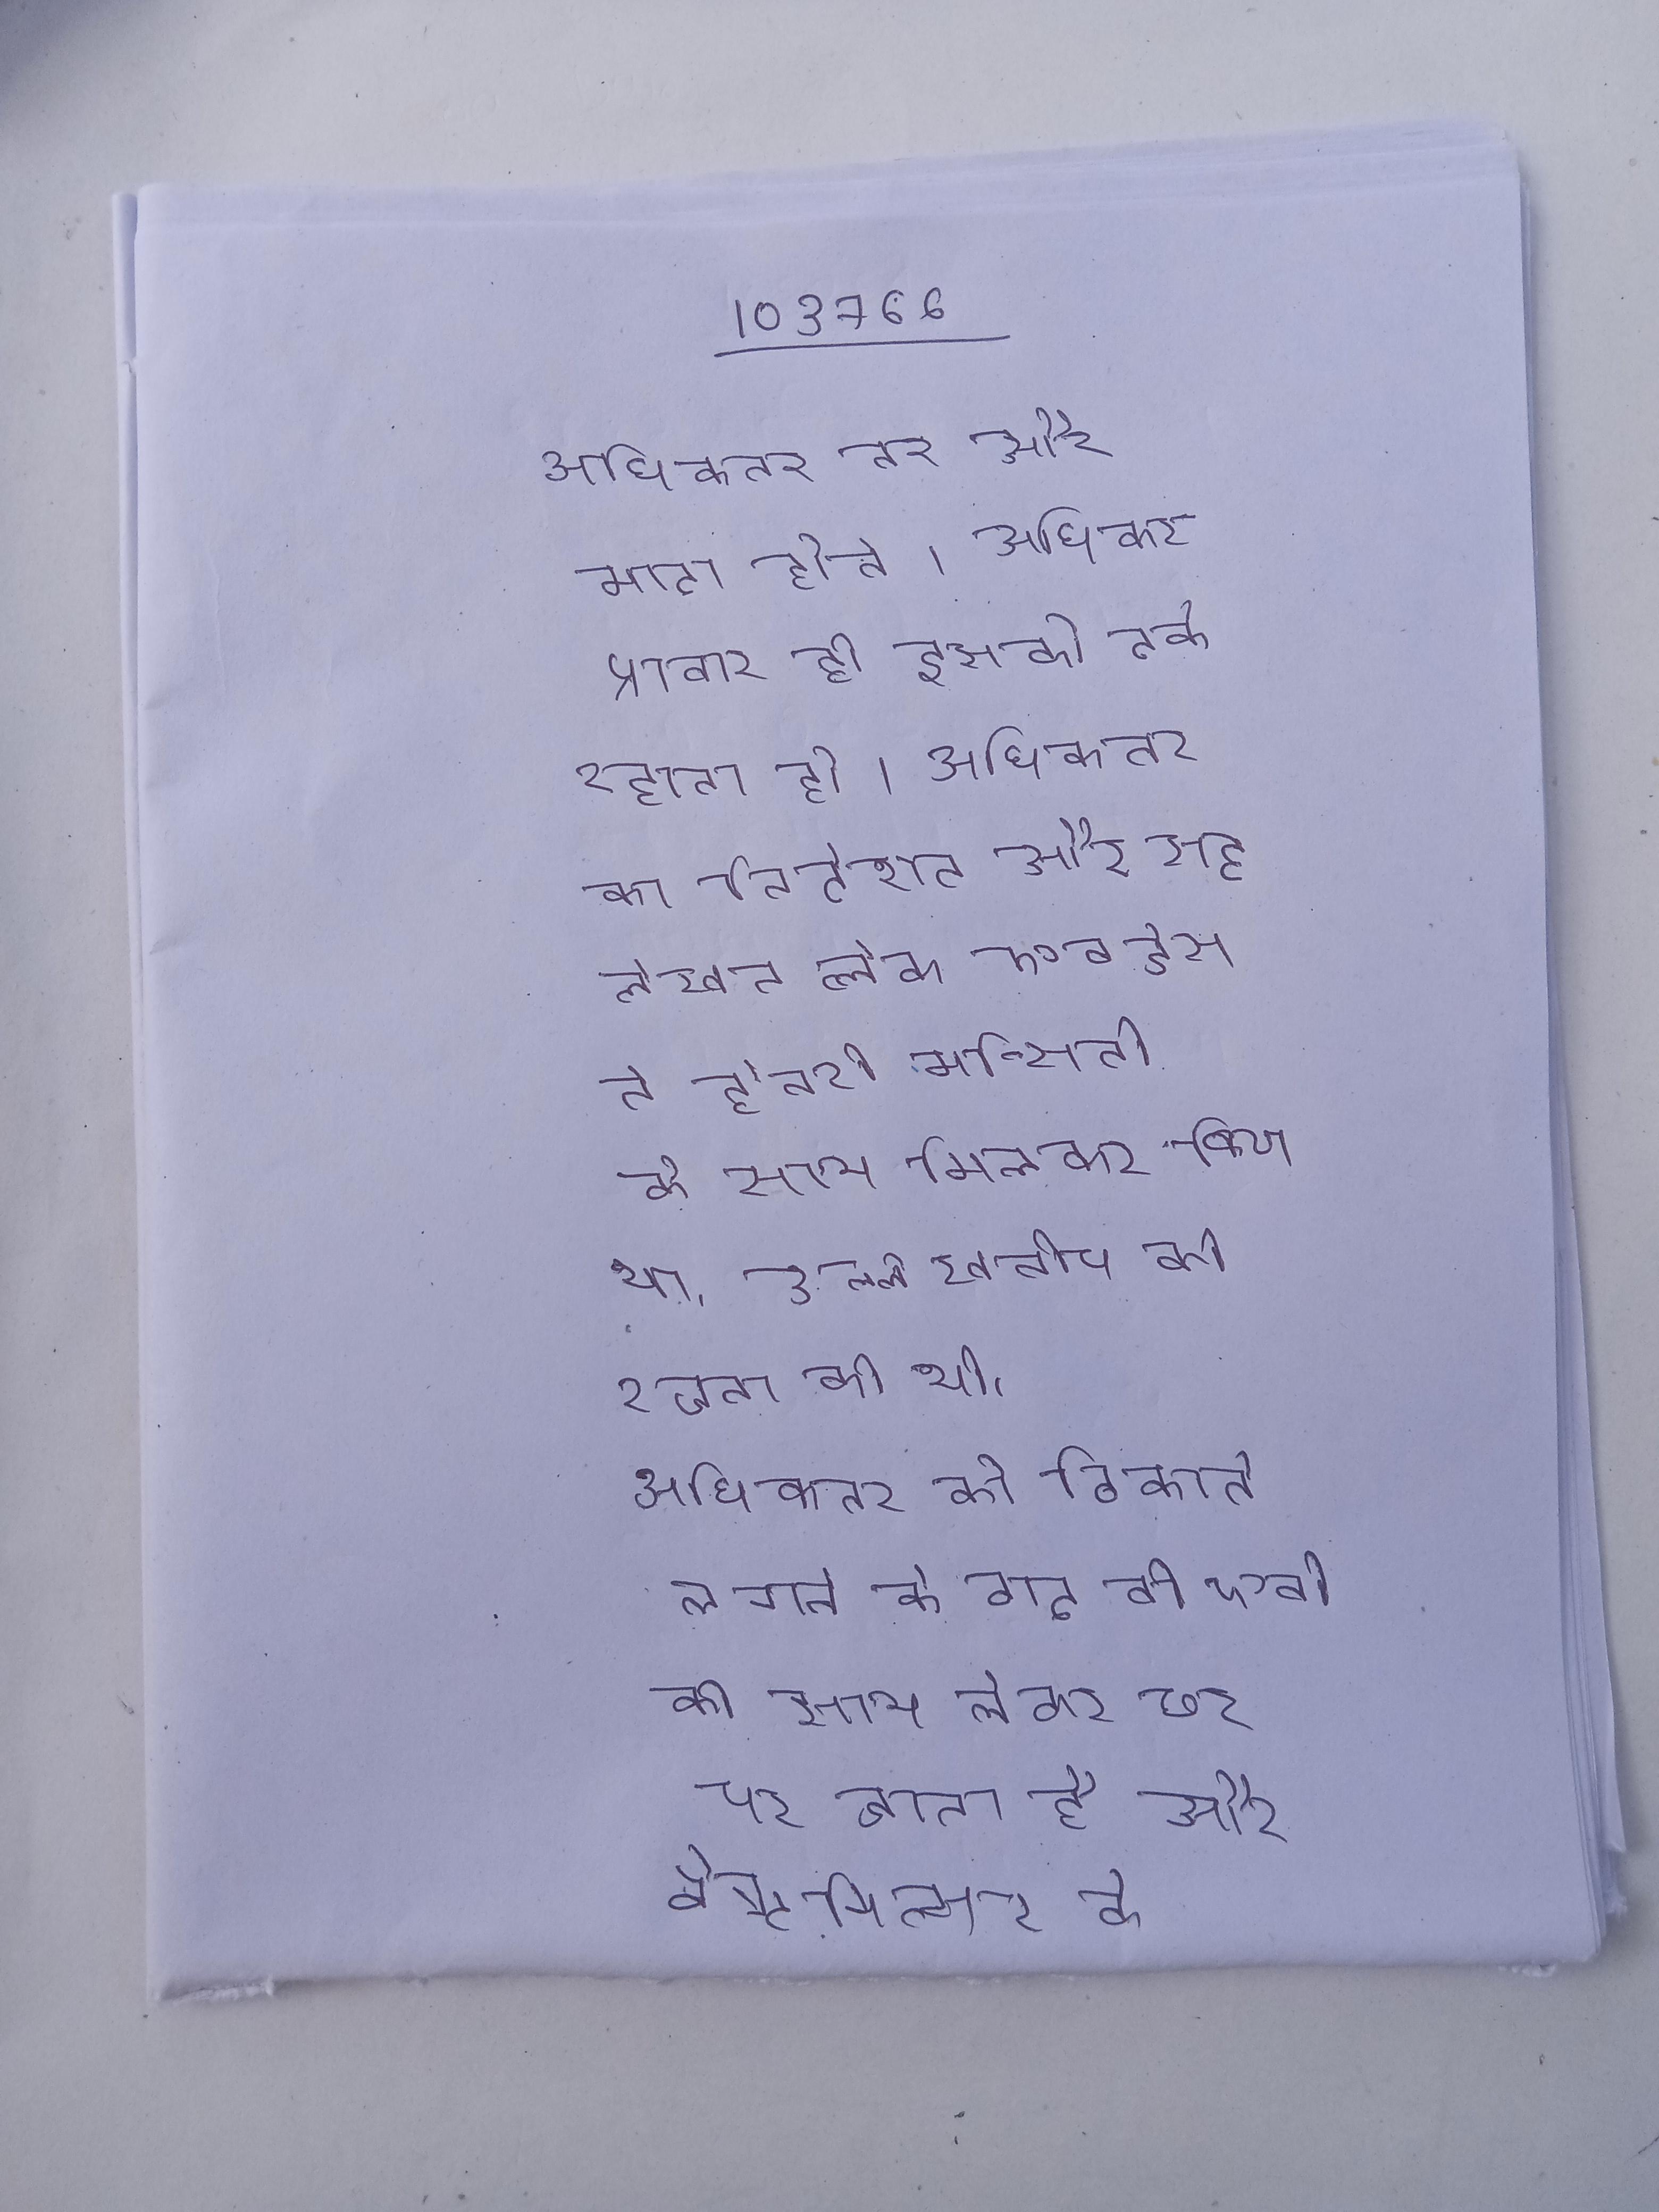
अधिकतर नर और मादा होते । अधिकतर प्रावार ही इसको ढके रहता है । अधिकतर का निर्देशन और सह लेखन ब्लेक एडवर्ड्स ने हेनरी मन्सिनी के साथ मिलकर किया था, उल्लेखनीय की रचना की थी । अधिकतर को ठिकाने लगाने के बाद, वी एवी को साथ लेकर छत पर जाता है और वेस्टमिन्स्टर के वर्जित परित्यक्त महल के भीतर के असफल गनपाउडर प्लॉट का अनुकरण करते हुए विस्फोटित कर देता है ।